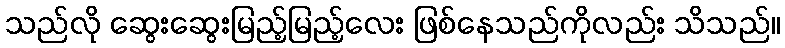
သည်လို ဆွေးဆွေးမြည့်မြည့်လေး ဖြစ်နေသည်ကိုလည်း သိသည်။